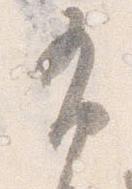
布